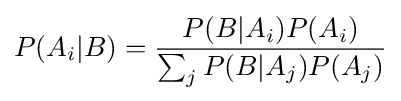
P(A_{i}|B)={\frac {P(B|A_{i})P(A_{i})}{\sum _{j}{P(B|A_{j})P(A_{j})}}}